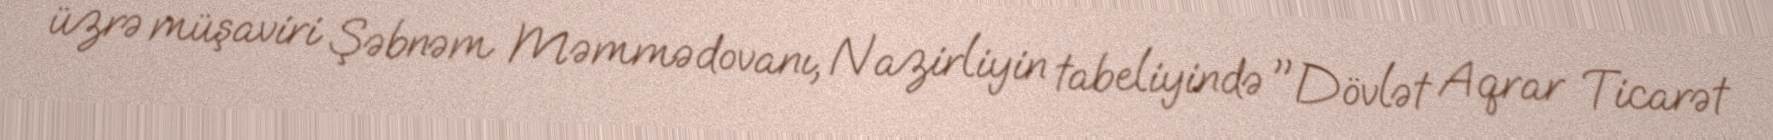
üzrə müşaviri Şəbnəm Məmmədovanı, Nazirliyin tabeliyində "Dövlət Aqrar Ticarət